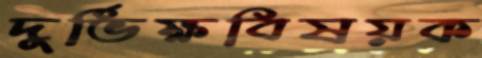
দুর্ভিক্ষবিষয়ক